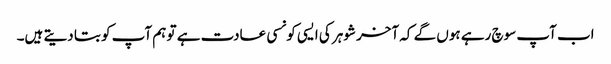
اب آپ سوچ رہے ہوں گے کہ آخر شوہر کی ایسی کونسی عادت ہے تو ہم آپ کو بتا دیتے ہیں۔